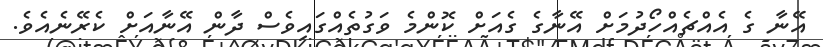
އޭނާ ގެ އެއްޗެއްހޯދުމަށް އޭނާގެ ގެއަށް ކޮންމެ ވަގުތެއްގައިވެސް ދާން އޭނާއަށް ކެރޭނެއެވެ.